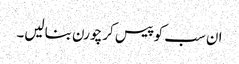
ان سب کو پیس کر چورن بنالیں۔